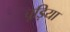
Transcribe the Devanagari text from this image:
चूड़िया